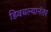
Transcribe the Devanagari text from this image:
डिवचल्यानंतर